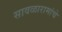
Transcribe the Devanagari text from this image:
सावळारामांचे